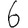
Digit: 6